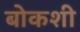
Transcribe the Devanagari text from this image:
बोकशी